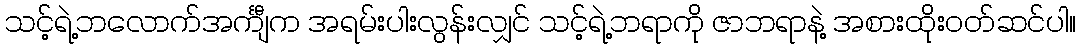
သင့်ရဲ့ဘလောက်အင်္ကျီက အရမ်းပါးလွန်းလျှင် သင့်ရဲ့ဘရာကို ဇာဘရာနဲ့ အစားထိုးဝတ်ဆင်ပါ။